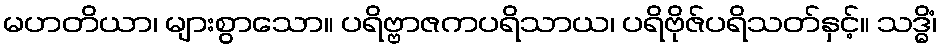
မဟတိယာ၊ များစွာသော။ ပရိဗ္ဗာဇကပရိသာယ၊ ပရိဗိုဇ်ပရိသတ်နှင့်။ သဒ္ဓိံ၊